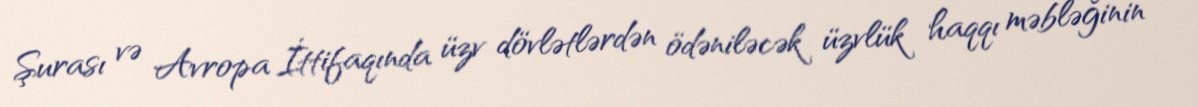
Şurası və Avropa İttifaqında üzv dövlətlərdən ödəniləcək üzvlük haqqı məbləğinin